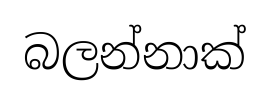
බලන්නාක්